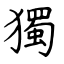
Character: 獨